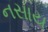
નસાય